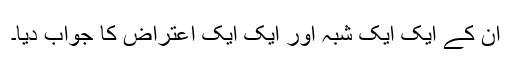
ان کے ایک ایک شبہ اور ایک ایک اعتراض کا جواب دیا۔